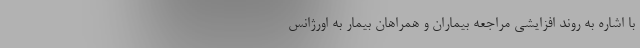
با اشاره به روند افزایشی مراجعه بیماران و همراهان بیمار به اورژانس